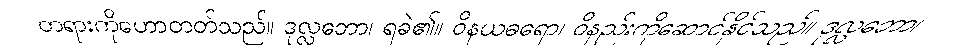
တရားကိုဟောတတ်သည်။ ဒုလ္လဘော၊ ရခဲ၏။ ဝိနယဓရော၊ ဝိနည်းကိုဆောင်နိုင်သည်။ ဒုလ္လဘော၊